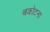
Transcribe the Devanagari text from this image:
बकोटना